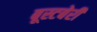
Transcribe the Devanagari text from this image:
बूस्टबेरी